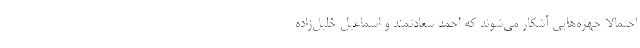
احتمالاً چهره‌هایی آشکار می‌شوند که احمد سعادتمند و اسماعیل خلیل‌زاده